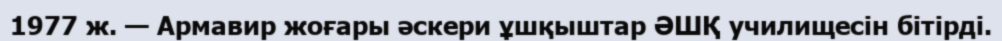
1977 ж. — Армавир жоғары әскери ұшқыштар ӘШҚ училищесін бітірді.